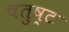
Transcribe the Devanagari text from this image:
चतुष्‍ट